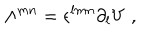
\Lambda ^ { m n } = \epsilon ^ { l m n } \partial _ { l } V \; ,